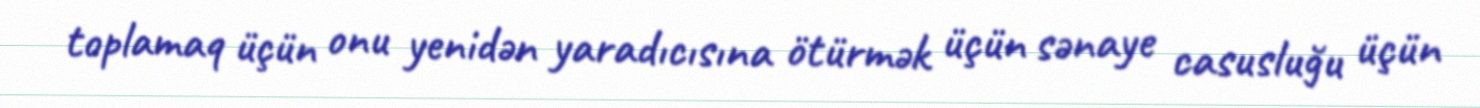
toplamaq üçün onu yenidən yaradıcısına ötürmək üçün sənaye casusluğu üçün